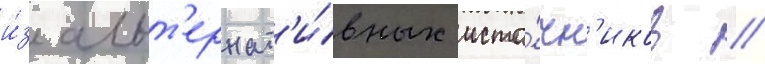
и́з альт'ернат'и́вных исто́чн'иков //